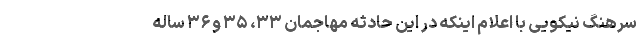
سرهنگ نیکویی با اعلام اینکه در این حادثه مهاجمان ۳۳، ۳۵ و ۳۶ ساله